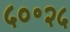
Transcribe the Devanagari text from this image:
५०॰२५